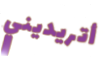
أتريديني